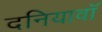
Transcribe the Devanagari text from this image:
दनियावॉ